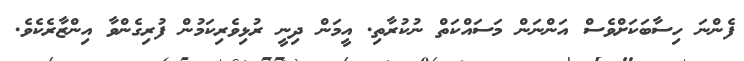
ފެންނަ ހިސާބަކަށްވެސް އަންނަން މަސައްކަތް ނުކުރާތި. އީމަން ދިނީ ރުޅިވެރިކަމުން ފުރިގެންވާ އިންޒާރެކެވެ.